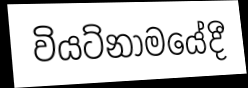
වියට්නාමයේදී